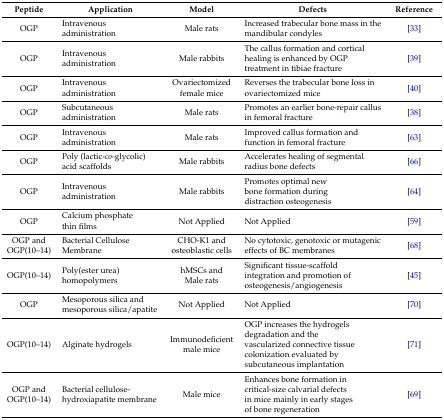
<table><thead><tr><td><b>Peptide</b></td><td><b>Application</b></td><td><b>Model</b></td><td><b>Defects</b></td><td><b>Reference</b></td></tr></thead><tbody><tr><td>OGP</td><td>Intravenous administration</td><td>Male rats</td><td>Increased trabecular bone mass in the mandibular condyles</td><td>[33]</td></tr><tr><td>OGP</td><td>Intravenous administration</td><td>Male rabbits</td><td>The callus formation and cortical healing is enhanced by OGP treatment in tibiae fracture</td><td>[39]</td></tr><tr><td>OGP</td><td>Intravenous administration</td><td>Ovariectomized female mice</td><td>Reverses the trabecular bone loss in ovariectomized mice</td><td>[40]</td></tr><tr><td>OGP</td><td>Subcutaneous administration</td><td>Male rats</td><td>Promotes an earlier bone-repair callus in femoral fracture</td><td>[38]</td></tr><tr><td>OGP</td><td>Intravenous administration</td><td>Male rats</td><td>Improved callus formation and function in femoral fracture</td><td>[63]</td></tr><tr><td>OGP</td><td>Poly (lactic-<i>co</i>-glycolic) acid scaffolds</td><td>Male rabbits</td><td>Accelerates healing of segmental radius bone defects</td><td>[66]</td></tr><tr><td>OGP</td><td>Intravenous administration</td><td>Male rabbits</td><td>Promotes optimal new bone formation during distraction osteogenesis</td><td>[64]</td></tr><tr><td>OGP</td><td>Calcium phosphate thin films</td><td>Not Applied</td><td>Not Applied</td><td>[59]</td></tr><tr><td>OGP and OGP(10–14)</td><td>Bacterial Cellulose Membrane</td><td>CHO-K1 and osteoblastic cells</td><td>No cytotoxic, genotoxic or mutagenic effects of BC membranes</td><td>[68]</td></tr><tr><td>OGP(10–14)</td><td>Poly(ester urea) homopolymers</td><td>hMSCs and Male rats</td><td>Significant tissue-scaffold integration and promotion of osteogenesis/angiogenesis</td><td>[45]</td></tr><tr><td>OGP</td><td>Mesoporous silica and mesoporous silica/apatite</td><td>Not Applied</td><td>Not Applied</td><td>[70]</td></tr><tr><td>OGP(10–14)</td><td>Alginate hydrogels</td><td>Immunodeficient male mice</td><td>OGP increases the hydrogels degradation and the vascularized connective tissue colonization evaluated by subcutaneous implantation</td><td>[71]</td></tr><tr><td>OGP and OGP(10–14)</td><td>Bacterial cellulose-hydroxiapatite membrane</td><td>Male mice</td><td>Enhances bone formation in critical-size calvarial defects in mice mainly in early stages of bone regeneration</td><td>[69]</td></tr></tbody></table>